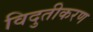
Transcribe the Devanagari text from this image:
विदुतीकरण